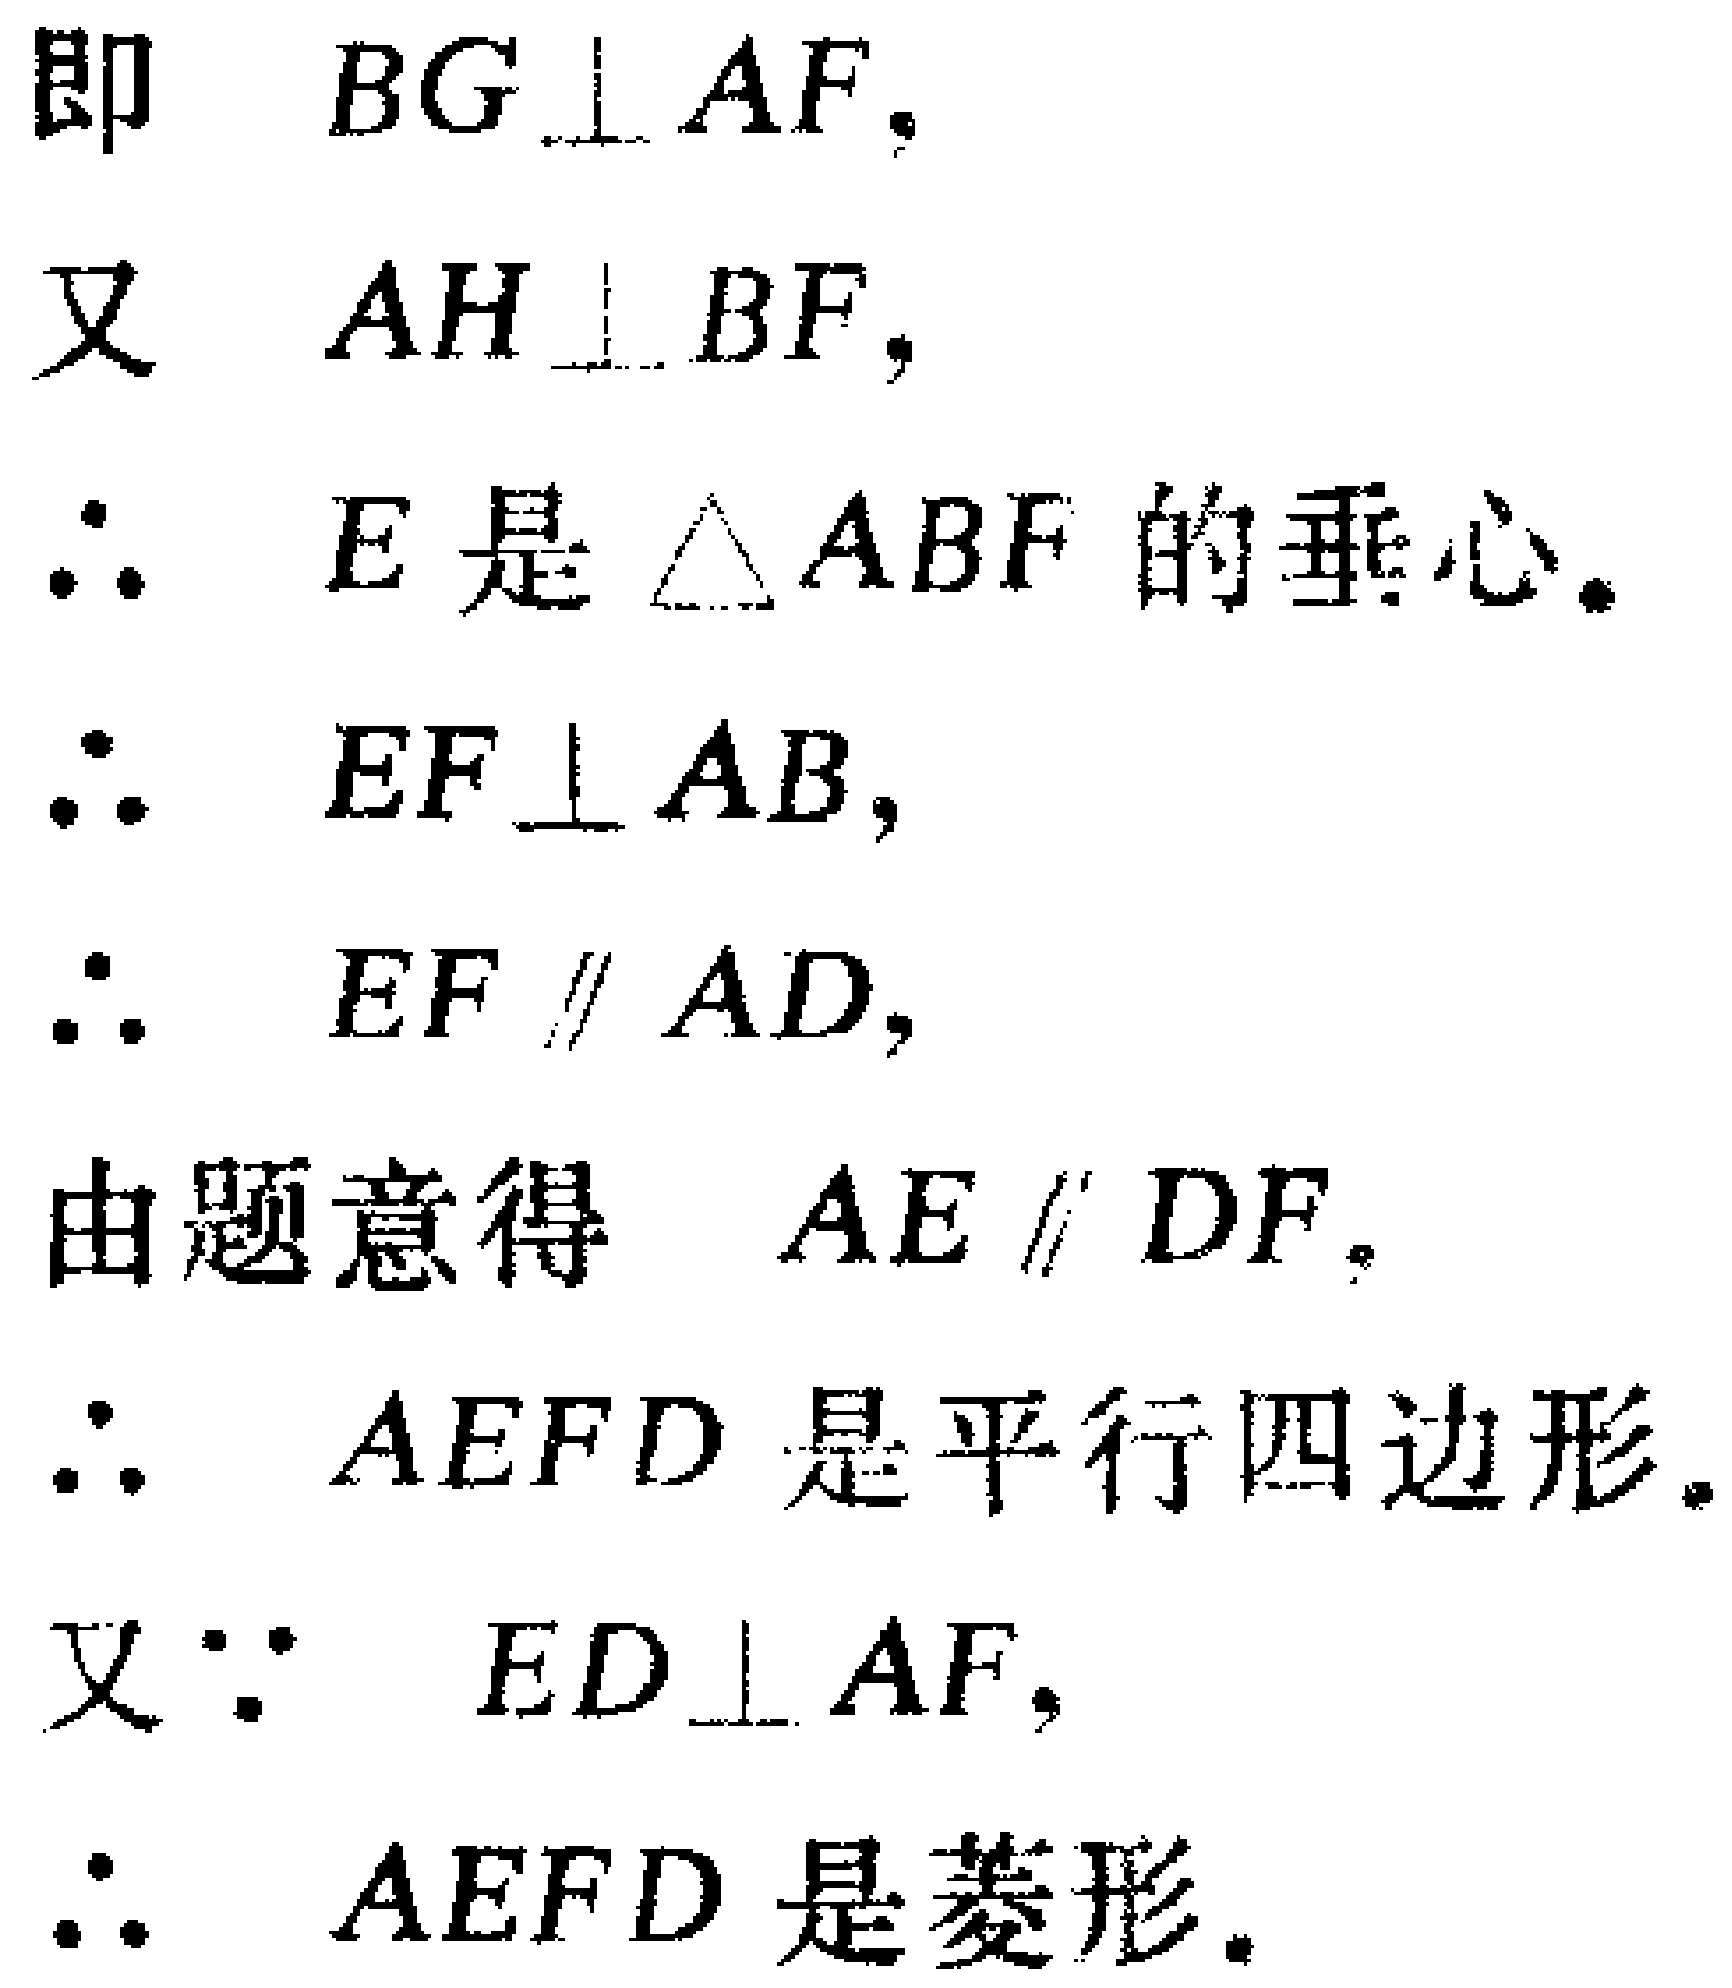
即 \(BG \perp AF\)，

又 \(AH \perp BF\)，

\(\therefore\) \(E\)是 \(\triangle ABF\) 的垂心。

\(\therefore\) \(EF \perp AB\)，

\(\therefore\) \(EF \parallel AD\)，

由题意得 \(AE \parallel DF\)。

\(\therefore\) \(AEFD\) 是平行四边形。

又 \(\because\) \(ED \perp AF\)，

\(\therefore\) \(AEFD\) 是菱形。